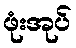
ဖုံးအုပ်